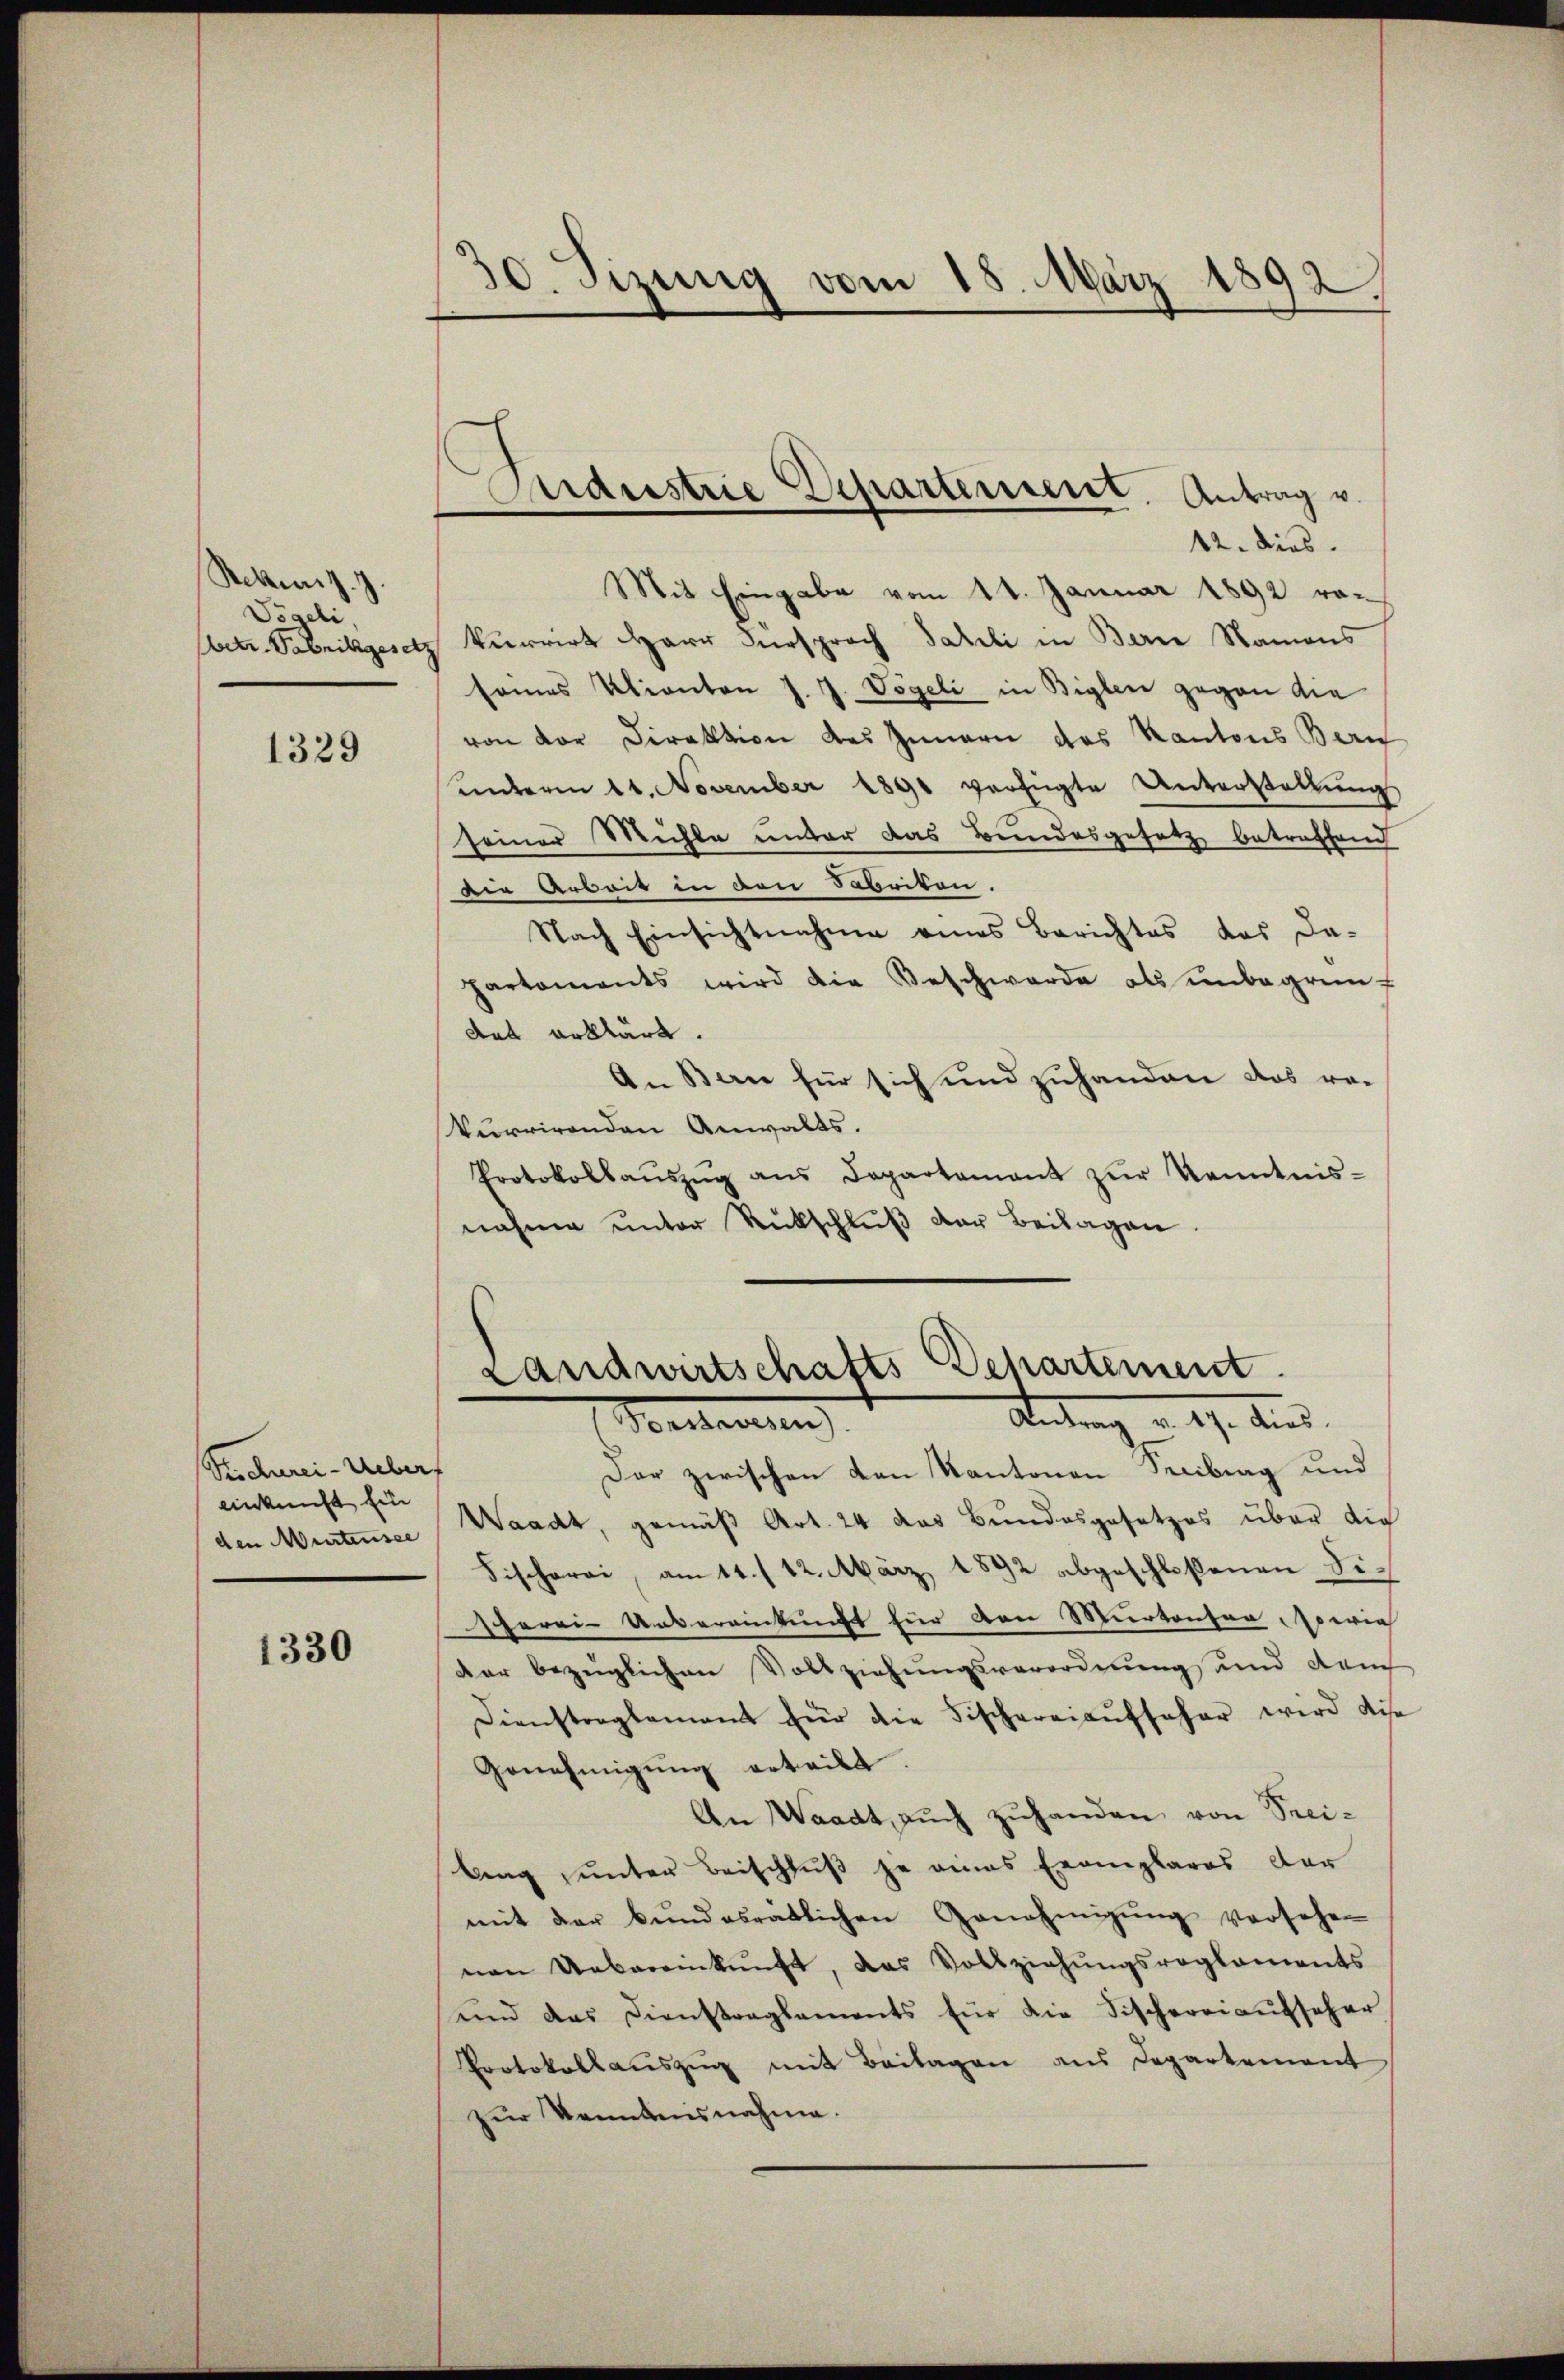
Rekennsz. 7.
Vögeli,

1329

Stichrei-Ueberf
einkunft Ein
den Murtensee

1330

30. Sizung vom 18. März 1892

12. dies
Mit Eingabe vom 11. Januar 1892 robetr. Sabrikgesetz kurrirt Herr Fürsprach Jahrli in Berne Namens
sames Klianton J. J. Vögeli in Biglen gegen die
von der Direktion des Innern das Kantons Bern
ŭnterm 11. November 1891 verfügte Unterstellŭng
seiner Mühle unter das Bundesgesetz betreffend
die Arbeit in den Fabrikon.
Nach Einsichtnahme eines Berichtes das da-
partaments wird die Beschwerde als ŭnbegrün-
dat erklärt.
An Bern für sich und zuhanden das vo
kurrirenden Anwalts.
Protokollaŭszŭg ans Departament zŭr Kenntnis-
nahme unter Rückschlŭβ der Beilagen.

Aardustrie Departement. Antrag u.

Landwirtschafts Departement
Antrag a. 17. Aus
1 Vorsteueren

Der zwischen den Kantonen Seeibung und
Waadt, gemäß Art. 24 das Bundesgesetzes über die
Fischerei, am 11./12. März 1892 abgeschloßenen Discherei-Untereinkunft für von Murtonser sowie
dar bezeiglichen Vollziehungsverordnung und durch
Dienstragsament für die Fischereiaufseher wird dise
Genehmigŭng erteilt.
An Waadt aŭch zŭhanden von Prei-
Ling unter Beischluß je eines Exemplares dar
mit der Bŭndesratlichen Genehmigŭng versehen
nen Uebereinkunft, das Vollziehŭngsreglements
und das Dienstragsaments für die Fischereiaufseher
Protokollauszug mit Beilagen aus Departement
zur Kenntnisnahme.